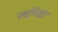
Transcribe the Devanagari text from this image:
सर्वांपेक्षा